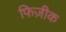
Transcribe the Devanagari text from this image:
फिज़ीक